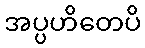
အပ္ပဟိတေပိ